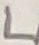
Text: L